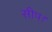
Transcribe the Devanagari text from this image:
सीप।